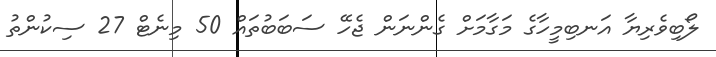
ލޯބިވެރިޔާ އަނބިމީހާގެ މަގާމަށް ގެންނަން ޖެހޭ ސަބަބުތައް 50 މިނެޓް 27 ސިކުންތު